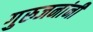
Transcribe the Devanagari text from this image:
गुरुजनांनी